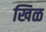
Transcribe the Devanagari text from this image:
खिळ